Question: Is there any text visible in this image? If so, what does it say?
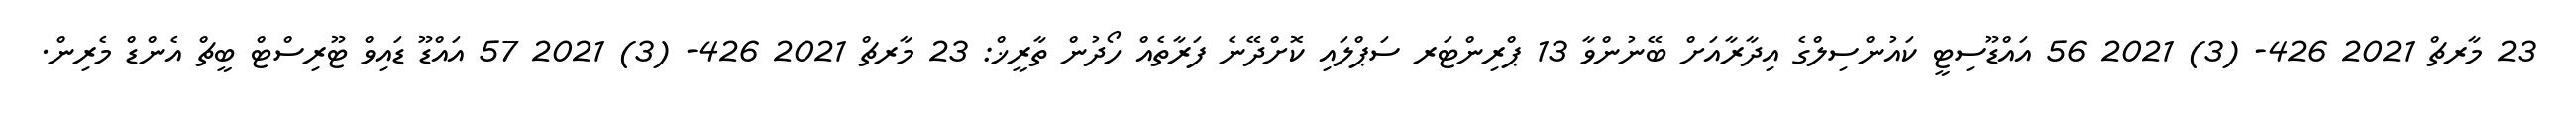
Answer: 23 މާރޗް 2021 426- (3) 2021 56 އައްޑޫސިޓީ ކައުންސިލްގެ އިދާރާއަށް ބޭނުންވާ 13 ޕްރިންޓަރ ސަޕްލައި ކޮށްދޭނެ ފަރާތެއް ހޯދުން ތާރީޚް: 23 މާރޗް 2021 426- (3) 2021 57 އައްޑޫ ޑައިވް ޓޫރިސްޓް ބީޗް އެންޑް މެރިން.